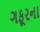
ગફૂરના